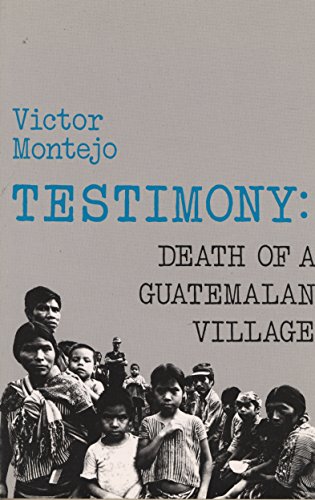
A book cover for Testimony: Death of a Guatemalan Village; Victor Montejo; History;